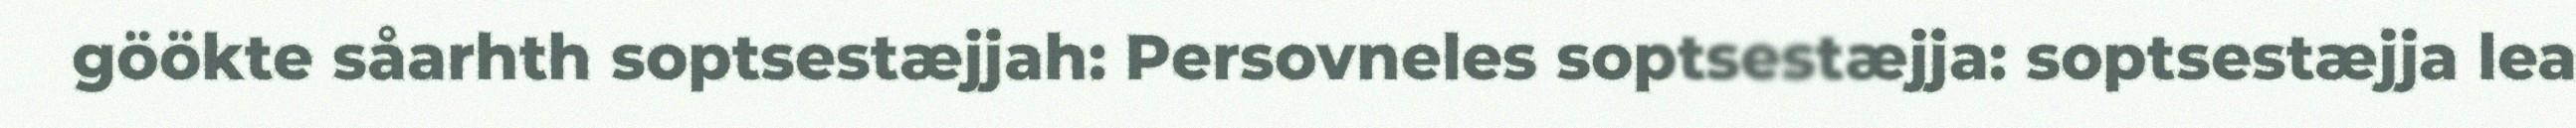
göökte såarhth soptsestæjjah: Persovneles soptsestæjja: soptsestæjja lea